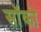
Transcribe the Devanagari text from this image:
सॉको